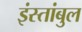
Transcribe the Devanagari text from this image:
इंस्तांबुल